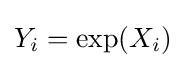
Y_{i}=\exp(X_{i})